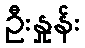
ဦးနှုန်း